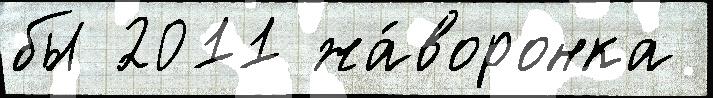
бы 2011 жа́воронка